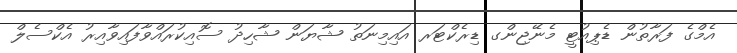
އެމްގެ ފަރާތުން ޑެޕިއުޓީ މެނޭޖިންގ ޑިރެކްޓަރ އައިމިނަތު ޝާޔަން ޝާހިދު ސޮއިކުރައްވާފައިވާއިރު އެކްސެލް